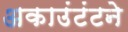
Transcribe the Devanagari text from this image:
अकाउंटंटने